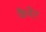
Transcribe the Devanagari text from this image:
कैमेट